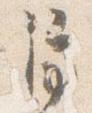
停